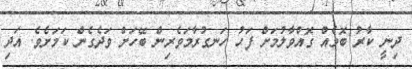
ދިނީ ކާރު ބޮމެއް ގޮއްވާލުމަށް ފަހު ހަނގުރާމަވެރިން ބޭހަށް ވަދެގެން ކަމަށެވެ. އަދި